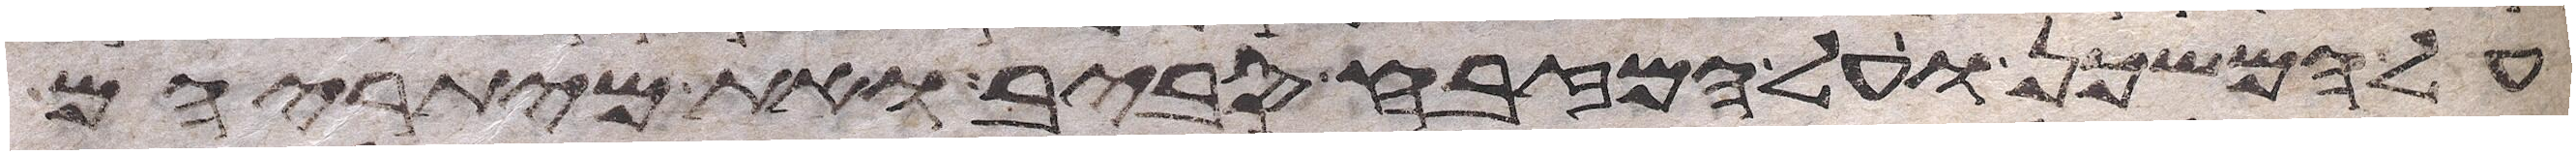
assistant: על המשכן ועל המזבח סביב ואת מיתריהם